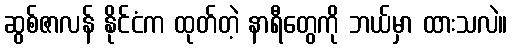
ဆွစ်ဇာလန် နိုင်ငံက ထုတ်တဲ့ နာရီတွေကို ဘယ်မှာ ထားသလဲ။